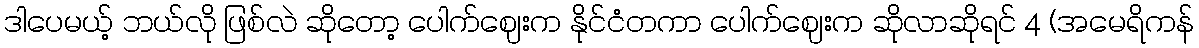
ဒါပေမယ့် ဘယ်လို ဖြစ်လဲ ဆိုတော့ ပေါက်ဈေးက နိုင်ငံတကာ ပေါက်ဈေးက ဆိုလာဆိုရင် 4 (အမေရိကန်